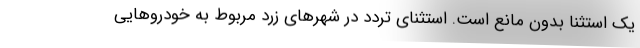
یک استثنا بدون مانع است. استثنای تردد در شهرهای زرد مربوط به خودروهایی